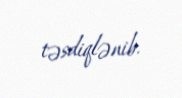
təsdiqlənib.